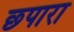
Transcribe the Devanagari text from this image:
छ्पारा